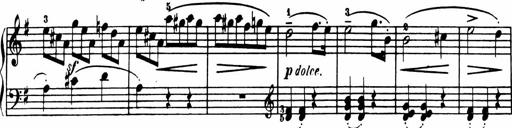
Title: Sonatina in G major
Composer: Friedrich Kuhlau
Key: G major